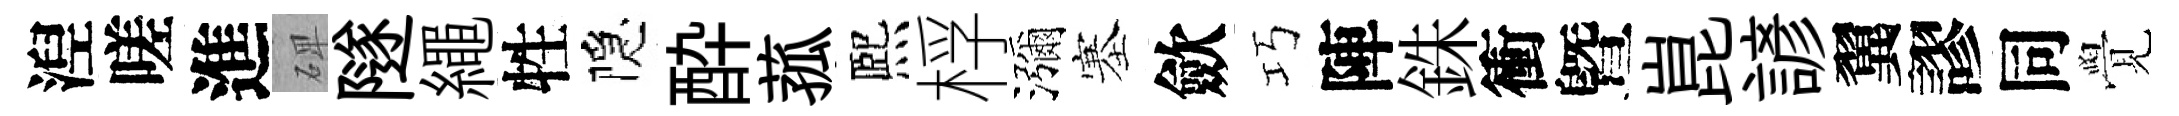
湼嗟進𥓓隧繩牲隠酔菰熈桴瀰塞歛巧陣銖衝曁崑諺翼謬同覺